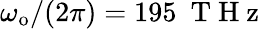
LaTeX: \omega_{\mathrm{o}}/(2\pi)=195\ \mathrm{~T~H~z~}